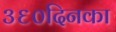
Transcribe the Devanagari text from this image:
३६०दिनका